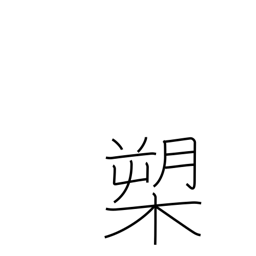
Meaning: halberd